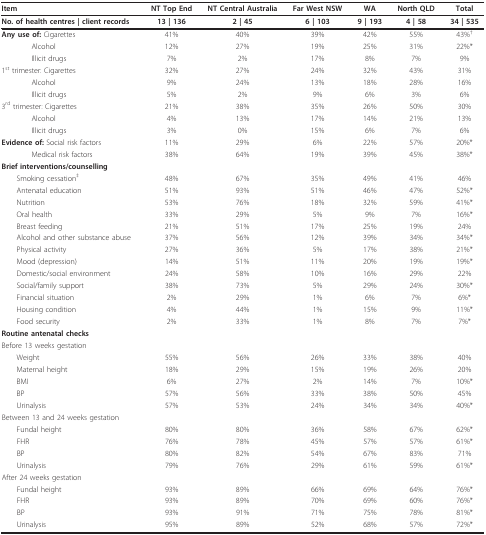
<table><thead><tr><td><b>Item</b></td><td><b>NT Top End</b></td><td><b>NT Central Australia</b></td><td><b>Far West NSW</b></td><td><b>WA</b></td><td><b>North QLD</b></td><td><b>Total</b></td></tr></thead><tbody><tr><td><b>No. of health centres | client records</b></td><td><b>13 | 136</b></td><td><b>2 | 45</b></td><td><b>6 | 103</b></td><td><b>9 | 193</b></td><td><b>4 | 58</b></td><td><b>34 | 535</b></td></tr><tr><td><b>Any use of: </b>Cigarettes</td><td>41%</td><td>40%</td><td>39%</td><td>42%</td><td>55%</td><td>43%<sup>†</sup></td></tr><tr><td>Alcohol</td><td>12%</td><td>27%</td><td>19%</td><td>25%</td><td>31%</td><td>22%*</td></tr><tr><td>Illicit drugs</td><td>7%</td><td>2%</td><td>17%</td><td>8%</td><td>7%</td><td>9%</td></tr><tr><td>1<sup>st </sup>trimester: Cigarettes</td><td>32%</td><td>27%</td><td>24%</td><td>32%</td><td>43%</td><td>31%</td></tr><tr><td>Alcohol</td><td>9%</td><td>24%</td><td>13%</td><td>18%</td><td>28%</td><td>16%</td></tr><tr><td>Illicit drugs</td><td>5%</td><td>2%</td><td>9%</td><td>6%</td><td>3%</td><td>6%</td></tr><tr><td>3<sup>rd </sup>trimester: Cigarettes</td><td>21%</td><td>38%</td><td>35%</td><td>26%</td><td>50%</td><td>30%</td></tr><tr><td>Alcohol</td><td>4%</td><td>13%</td><td>17%</td><td>14%</td><td>21%</td><td>13%</td></tr><tr><td>Illicit drugs</td><td>3%</td><td>0%</td><td>15%</td><td>6%</td><td>7%</td><td>6%</td></tr><tr><td><b>Evidence of: </b>Social risk factors</td><td>11%</td><td>29%</td><td>6%</td><td>22%</td><td>57%</td><td>20%*</td></tr><tr><td>Medical risk factors</td><td>38%</td><td>64%</td><td>19%</td><td>39%</td><td>45%</td><td>38%*</td></tr><tr><td><b>Brief interventions/counselling</b></td><td></td><td></td><td></td><td></td><td></td><td></td></tr><tr><td> Smoking cessation<sup>‡</sup></td><td>48%</td><td>67%</td><td>35%</td><td>49%</td><td>41%</td><td>46%</td></tr><tr><td> Antenatal education</td><td>51%</td><td>93%</td><td>51%</td><td>46%</td><td>47%</td><td>52%*</td></tr><tr><td> Nutrition</td><td>53%</td><td>76%</td><td>18%</td><td>32%</td><td>59%</td><td>41%*</td></tr><tr><td> Oral health</td><td>33%</td><td>29%</td><td>5%</td><td>9%</td><td>7%</td><td>16%*</td></tr><tr><td> Breast feeding</td><td>21%</td><td>51%</td><td>17%</td><td>25%</td><td>19%</td><td>24%</td></tr><tr><td> Alcohol and other substance abuse</td><td>37%</td><td>56%</td><td>12%</td><td>39%</td><td>34%</td><td>34%*</td></tr><tr><td> Physical activity</td><td>27%</td><td>36%</td><td>5%</td><td>17%</td><td>38%</td><td>21%*</td></tr><tr><td> Mood (depression)</td><td>14%</td><td>51%</td><td>11%</td><td>20%</td><td>19%</td><td>19%*</td></tr><tr><td> Domestic/social environment</td><td>24%</td><td>58%</td><td>10%</td><td>16%</td><td>29%</td><td>22%</td></tr><tr><td> Social/family support</td><td>38%</td><td>73%</td><td>5%</td><td>29%</td><td>24%</td><td>30%*</td></tr><tr><td> Financial situation</td><td>2%</td><td>29%</td><td>1%</td><td>6%</td><td>7%</td><td>6%*</td></tr><tr><td> Housing condition</td><td>4%</td><td>44%</td><td>1%</td><td>15%</td><td>9%</td><td>11%*</td></tr><tr><td> Food security</td><td>2%</td><td>33%</td><td>1%</td><td>8%</td><td>7%</td><td>7%*</td></tr><tr><td><b>Routine antenatal checks</b></td><td></td><td></td><td></td><td></td><td></td><td></td></tr><tr><td>Before 13 weeks gestation</td><td></td><td></td><td></td><td></td><td></td><td></td></tr><tr><td> Weight</td><td>55%</td><td>56%</td><td>26%</td><td>33%</td><td>38%</td><td>40%</td></tr><tr><td> Maternal height</td><td>18%</td><td>29%</td><td>15%</td><td>19%</td><td>26%</td><td>20%</td></tr><tr><td> BMI</td><td>6%</td><td>27%</td><td>2%</td><td>14%</td><td>7%</td><td>10%*</td></tr><tr><td> BP</td><td>57%</td><td>56%</td><td>33%</td><td>38%</td><td>50%</td><td>45%</td></tr><tr><td> Urinalysis</td><td>57%</td><td>53%</td><td>24%</td><td>34%</td><td>34%</td><td>40%*</td></tr><tr><td>Between 13 and 24 weeks gestation</td><td></td><td></td><td></td><td></td><td></td><td></td></tr><tr><td> Fundal height</td><td>80%</td><td>80%</td><td>36%</td><td>58%</td><td>67%</td><td>62%*</td></tr><tr><td> FHR</td><td>76%</td><td>78%</td><td>45%</td><td>57%</td><td>57%</td><td>61%*</td></tr><tr><td> BP</td><td>80%</td><td>82%</td><td>54%</td><td>67%</td><td>83%</td><td>71%</td></tr><tr><td> Urinalysis</td><td>79%</td><td>76%</td><td>29%</td><td>61%</td><td>59%</td><td>61%*</td></tr><tr><td>After 24 weeks gestation</td><td></td><td></td><td></td><td></td><td></td><td></td></tr><tr><td> Fundal height</td><td>93%</td><td>89%</td><td>66%</td><td>69%</td><td>64%</td><td>76%*</td></tr><tr><td> FHR</td><td>93%</td><td>89%</td><td>70%</td><td>69%</td><td>60%</td><td>76%*</td></tr><tr><td> BP</td><td>93%</td><td>91%</td><td>71%</td><td>75%</td><td>78%</td><td>81%*</td></tr><tr><td> Urinalysis</td><td>95%</td><td>89%</td><td>52%</td><td>68%</td><td>57%</td><td>72%*</td></tr></tbody></table>